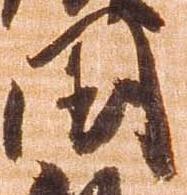
国